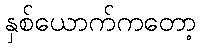
နှစ်ယောက်ကတော့